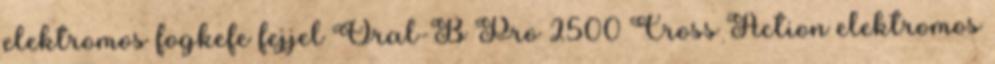
elektromos fogkefe fejjel Oral-B Pro 2500 Cross Action elektromos